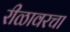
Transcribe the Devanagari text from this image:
रीळावरचा